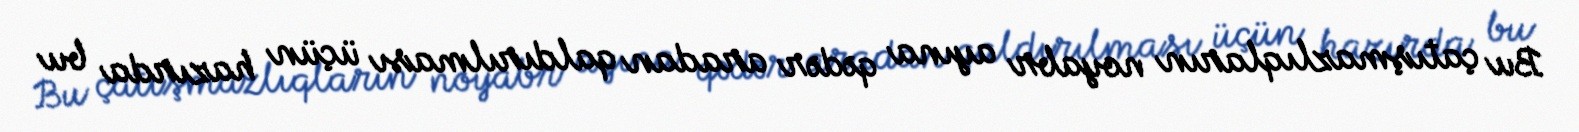
Bu çatışmazlıqların noyabr ayına qədər aradan qaldırılması üçün hazırda bu